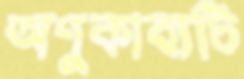
অণুকাব্যটি